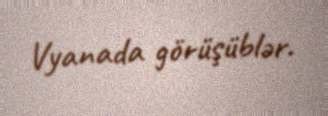
Vyanada görüşüblər.